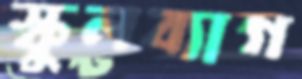
স্কুলব্যাগ